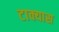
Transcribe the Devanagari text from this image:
टाक्यास